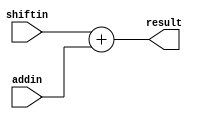
module adder_2(addin,shiftin,result);

output reg[12:0] result;
input [12:0] addin;
input [12:0] shiftin;

initial result<=13'h0000;

always @(addin,shiftin)
begin
result<=shiftin+addin;
end
endmodule